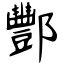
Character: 酆